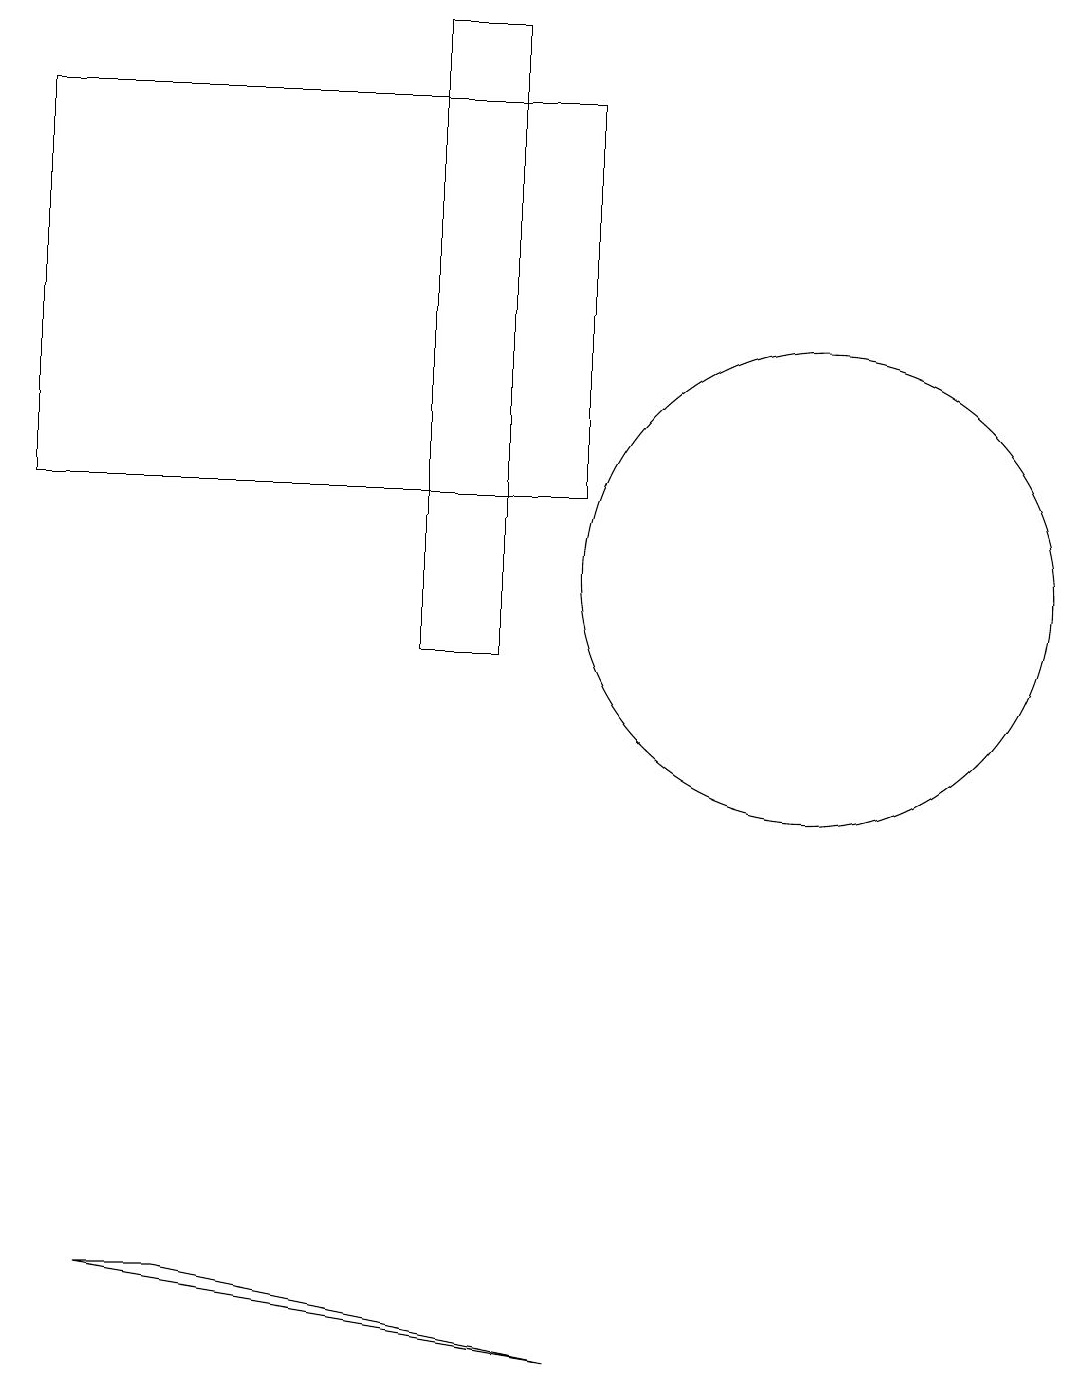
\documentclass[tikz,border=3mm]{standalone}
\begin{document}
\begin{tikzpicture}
\draw (2,3) -- (1,3) -- (7,2) -- cycle;
\draw (5,19) rectangle (6,11);
\draw (10,12) circle (3);
\draw (0,13) rectangle (7,18);
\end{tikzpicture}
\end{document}